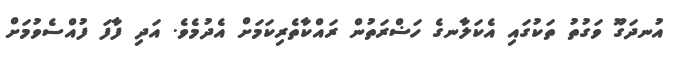
އުނދަގޫ ވަގުތު ތަކުގައި އެކަލާނގެ ހަޟްރަތުން ރައްކާތެރިކަމަށް އެދުމެވެ. އަދި ފާފަ ފުއްސެވުމަށް